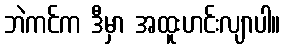
ဘဲကင်က ဒီမှာ အထူးဟင်းလျာပါ။